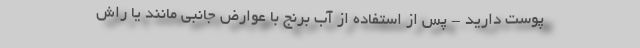
پوست دارید - پس از استفاده از آب برنج با عوارض جانبی مانند یا راش